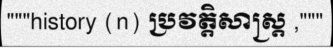
"""history (n) ប្រវត្តិសាស្ត្រ ,"""